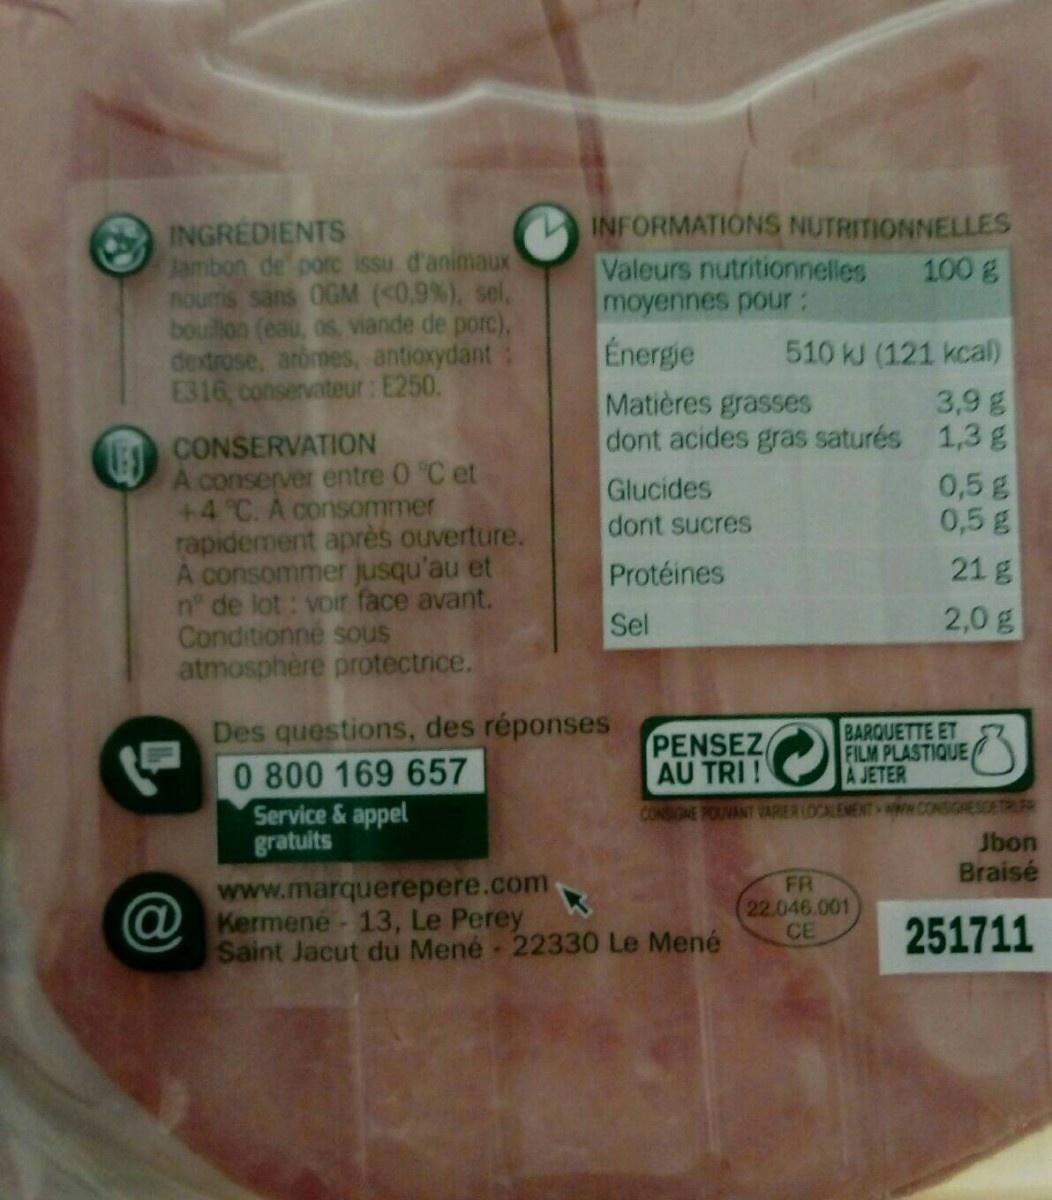
INGREDIENTS Jambon de porc issu d'animaux noums sans 0GM (0,9 %), sel, bouillon (eau, os, viande de porc), dextrose, aromes, antioxydant E316, conservateur: E250.
INFORMATIONS NUTRITIONNELLES Valeurs nutritionnelles moyennes pour:
100 g
Energie
510 kJ (121 kcal)
3,9g dont acides gras saturés 1,3g 0,5g 0,5g
Matières grasses
CONSERVATION
LEGO A conserver entre 0 °C et +4 C. A consommer rapidement après ouverture. A consommer jusqu'au et n° de lot: voir face avant. Conditionné sous atmosphère protectrice.
Glucides
dont sucres
Protéines
21 g
Sel
2,0g
Des questions, des réponses 0 800 169 657 Service & appel gratuits
PENSEZ AU TRI !
BARQUETTE ET FILM PLASTIQUE A JETER
CONSIGNE POUVANT VARIER LOCALEMENT w CONSIGHESDETRUFR Jbon Braisé
www.marquerepere.com @Kermené- 13, Le Perey Saint Jacut du Mené 22330 Le Mené
FR 22.046.001 CE
251711